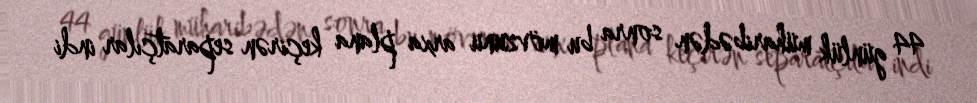
44 günlük müharibədən sonra bu mövzunu arxa plana keçirən separatçılar indi